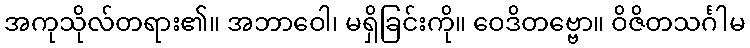
အကုသိုလ်တရား၏။ အဘာဝေါ၊ မရှိခြင်းကို။ ဝေဒိတဗ္ဗော။ ဝိဇိတသင်္ဂါမ